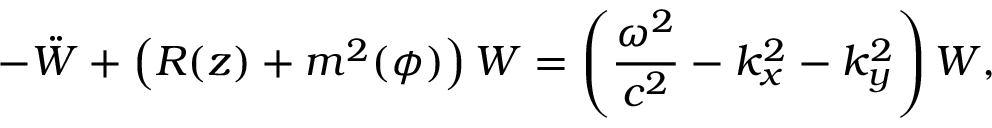
- \ddot { W } + \left( R ( z ) + m ^ { 2 } ( \phi ) \right) W = \left( \frac { \omega ^ { 2 } } { c ^ { 2 } } - k _ { x } ^ { 2 } - k _ { y } ^ { 2 } \right) W ,